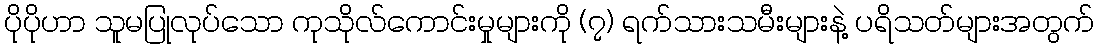
ပိုပိုဟာ သူမပြုလုပ်သော ကုသိုလ်ကောင်းမှုများကို (၇) ရက်သားသမီးများနဲ့ ပရိသတ်များအတွက်